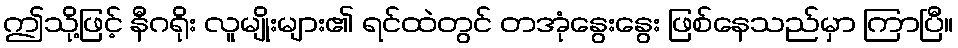
ဤသို့ဖြင့် နီဂရိုး လူမျိုးများ၏ ရင်ထဲတွင် တအုံနွေးနွေး ဖြစ်နေသည်မှာ ကြာပြီ။